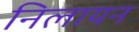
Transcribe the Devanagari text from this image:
निलायन